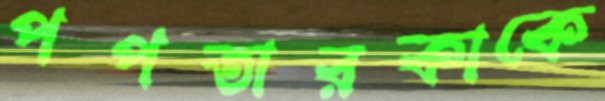
পপতারকাকে